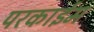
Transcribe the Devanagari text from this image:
परकाईम